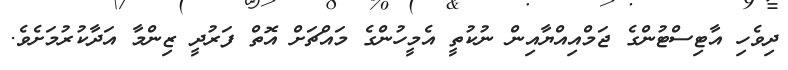
ދިވެހި އާޓިސްޓުންގެ ޖަމްއިއްޔާއިން ނުކުތީ އެމީހުންގެ މައްޗަށް އޮތް ފަރުދީ ޒިންމާ އަދާކުރުމަށެވެ.